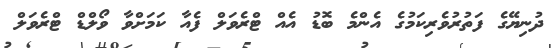
ދުނިޔޭގެ ފަތުރުވެރިކަމުގެ އެންމެ ބޮޑު އެއް ޓްރެވަލް ފެއާ ކަމަށްވާ ވޯލްޑް ޓްރެވަލް